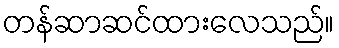
တန်ဆာဆင်ထားလေသည်။